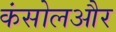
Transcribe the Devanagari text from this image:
कंसोलऔर